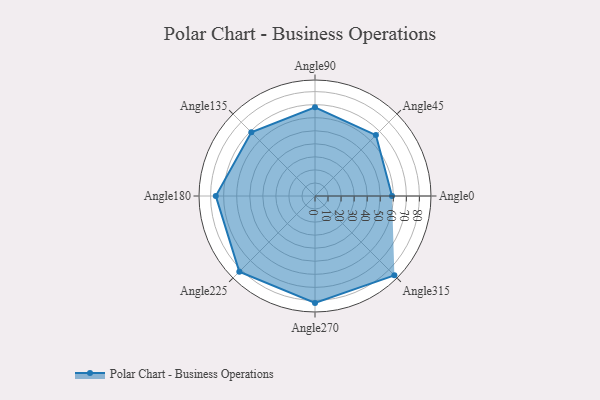
{"axis": {"x": "Angle", "y": "Radius"}, "legend": [""], "data": [{"x": "Angle0", "y": 59.0, "type": ""}, {"x": "Angle45", "y": 66.0, "type": ""}, {"x": "Angle90", "y": 68.0, "type": ""}, {"x": "Angle135", "y": 69.0, "type": ""}, {"x": "Angle180", "y": 76.0, "type": ""}, {"x": "Angle225", "y": 82.0, "type": ""}, {"x": "Angle270", "y": 82.0, "type": ""}, {"x": "Angle315", "y": 86.0, "type": ""}]}